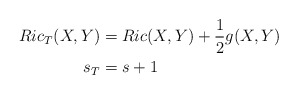
\begin{align*}Ric_T(X,Y) &= Ric(X,Y) + \frac{1}{2}g(X,Y) \\s_T &= s + 1\end{align*}